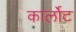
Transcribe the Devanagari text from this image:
कार्लोट